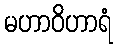
မဟာဝိဟာရံ